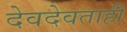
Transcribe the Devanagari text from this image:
देवदेवताही